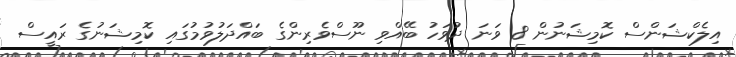
އިލެކްޝަންސް ކޮމިޝަނުން 8 ވަނަ ދުވަހު ބޭއްވި ނޫސްވެރިންގެ ބައްދަލުވުމުގައި ކޮމިޝަނުގެ ރައީސް